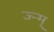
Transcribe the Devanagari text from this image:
ज्न्म्